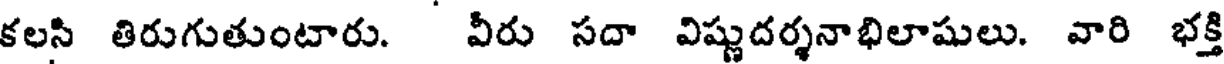
కలసి తిరుగుతుంటారు. వీరు సదా విష్ణుదర్శనాభిలాషులు. వారి భక్తి